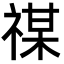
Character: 禖